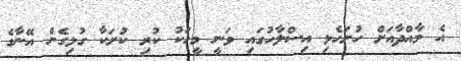
އެ މާއްދާއަށް ހުށަހެޅި އިސްލާހުގައި ވަނީ މީހަކު ކުރި ކުށަކާ ގުޅިގެން އޭނާގެ